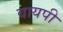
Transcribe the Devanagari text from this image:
वायपी